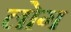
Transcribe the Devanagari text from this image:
लाेेग